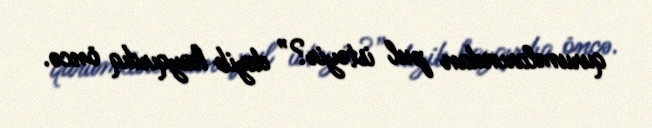
qurumlarından pul istəyir?” deyib hayqırdıq öncə.